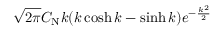
\sqrt { 2 \pi } C _ { \mathrm { N } } k ( k \cosh k - \sinh k ) e ^ { - \frac { k ^ { 2 } } { 2 } }